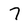
Character: 7